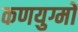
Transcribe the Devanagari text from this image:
कणयुग्मों